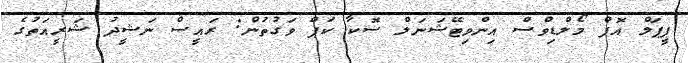
ޕީޕަލް އޮފް މޯލްޑިވްސް އިންވިޓޭޝަނަލް ސޮކާ ކަޕް ވަގުތުން: ރައީސް ނަޝީދު ޝަރީއަތުގެ